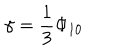
LaTeX: \gamma = \frac { 1 } { 3 } \Phi _ { 1 0 }